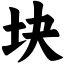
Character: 块